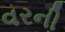
વરની